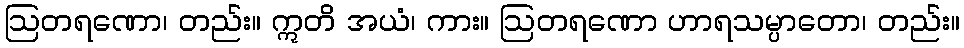
ဩတရဏော၊ တည်း။ ဣတိ အယံ၊ ကား။ ဩတရဏော ဟာရသမ္ပာတော၊ တည်း။